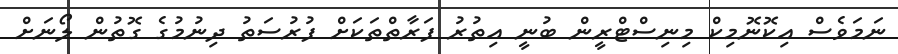
ނަމަވެސް އިކޮނޮމިކް މިނިސްޓްރީން ބުނީ އިތުރު ފަރާތްތަކަށް ފުރުސަތު ދިނުމުގެ ގޮތުން ލޯނަށް